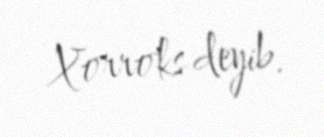
Xorroks deyib.